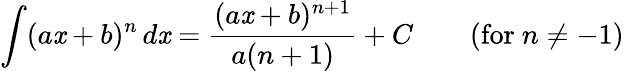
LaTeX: \int(a\mathit{x}+b)^{n}\, d\mathit{x}={\frac{{(a\mathit{x}+b)^{n+1}}}{{a(n+1)}}}+C\qquad{\mathrm{{(for~}}}n\neq-1{\mathrm{{)}}}